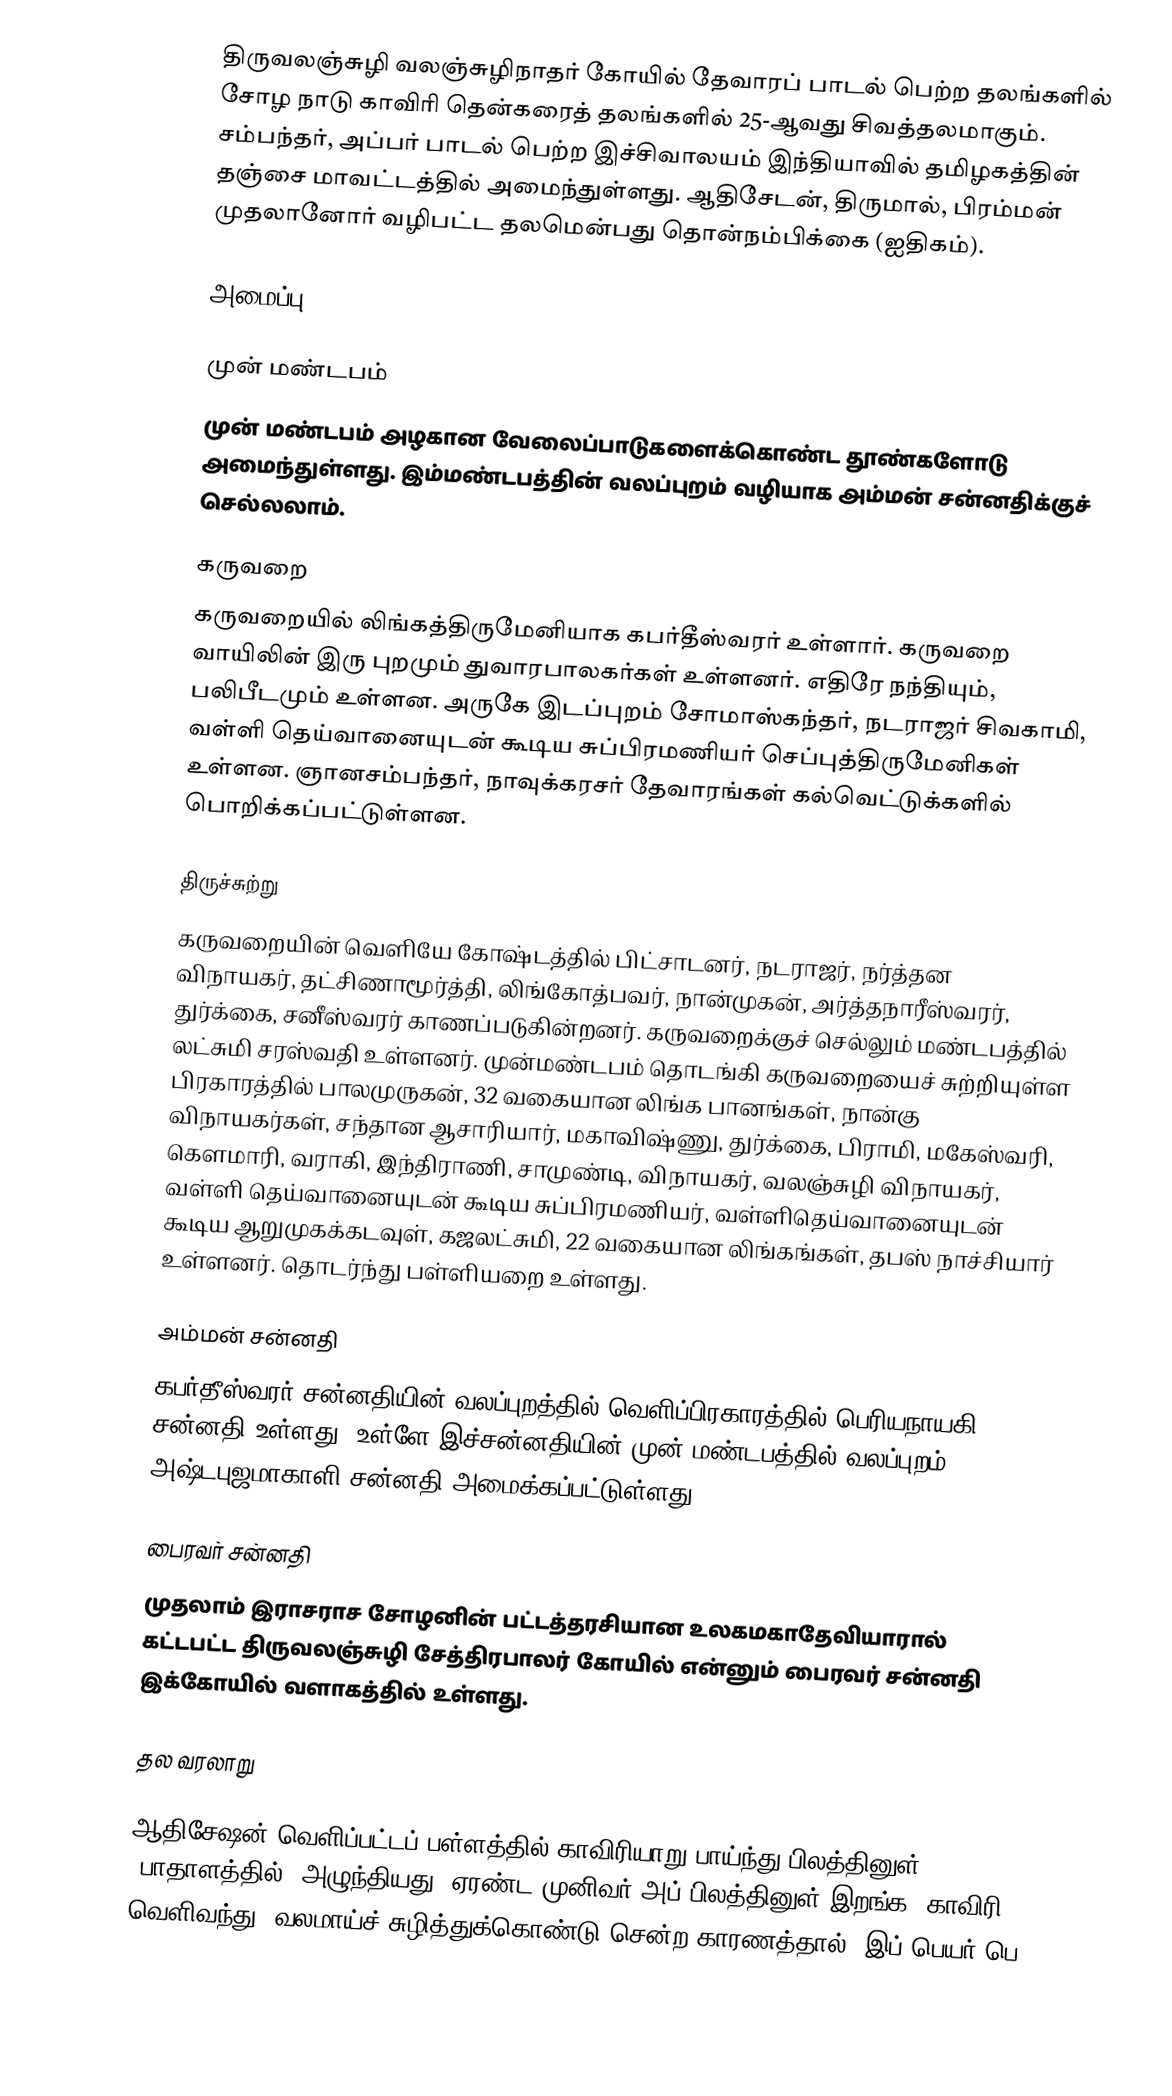
திருவலஞ்சுழி வலஞ்சுழிநாதர் கோயில் தேவாரப் பாடல் பெற்ற தலங்களில்  சோழ நாடு காவிரி தென்கரைத் தலங்களில்  25-ஆவது சிவத்தலமாகும். சம்பந்தர், அப்பர் பாடல் பெற்ற இச்சிவாலயம் இந்தியாவில் தமிழகத்தின் தஞ்சை மாவட்டத்தில் அமைந்துள்ளது. ஆதிசேடன், திருமால், பிரம்மன் முதலானோர் வழிபட்ட தலமென்பது தொன்நம்பிக்கை (ஐதிகம்).

அமைப்பு

முன் மண்டபம்
முன் மண்டபம் அழகான வேலைப்பாடுகளைக்கொண்ட தூண்களோடு அமைந்துள்ளது. இம்மண்டபத்தின் வலப்புறம் வழியாக அம்மன் சன்னதிக்குச் செல்லலாம்.

கருவறை
கருவறையில் லிங்கத்திருமேனியாக கபர்தீஸ்வரர் உள்ளார். கருவறை வாயிலின் இரு புறமும் துவாரபாலகர்கள் உள்ளனர். எதிரே நந்தியும், பலிபீடமும் உள்ளன. அருகே இடப்புறம்  சோமாஸ்கந்தர், நடராஜர் சிவகாமி, வள்ளி தெய்வானையுடன் கூடிய சுப்பிரமணியர் செப்புத்திருமேனிகள் உள்ளன. ஞானசம்பந்தர், நாவுக்கரசர் தேவாரங்கள் கல்வெட்டுக்களில் பொறிக்கப்பட்டுள்ளன.

திருச்சுற்று
கருவறையின் வெளியே கோஷ்டத்தில் பிட்சாடனர், நடராஜர், நர்த்தன விநாயகர், தட்சிணாமூர்த்தி, லிங்கோத்பவர், நான்முகன், அர்த்தநாரீஸ்வரர், துர்க்கை, சனீஸ்வரர் காணப்படுகின்றனர். கருவறைக்குச் செல்லும் மண்டபத்தில் லட்சுமி சரஸ்வதி உள்ளனர். முன்மண்டபம் தொடங்கி கருவறையைச் சுற்றியுள்ள பிரகாரத்தில் பாலமுருகன், 32 வகையான லிங்க பானங்கள், நான்கு விநாயகர்கள், சந்தான ஆசாரியார், மகாவிஷ்ணு, துர்க்கை, பிராமி, மகேஸ்வரி, கௌமாரி, வராகி, இந்திராணி, சாமுண்டி, விநாயகர், வலஞ்சுழி விநாயகர், வள்ளி தெய்வானையுடன் கூடிய சுப்பிரமணியர், வள்ளிதெய்வானையுடன் கூடிய ஆறுமுகக்கடவுள், கஜலட்சுமி, 22 வகையான லிங்கங்கள், தபஸ் நாச்சியார் உள்ளனர். தொடர்ந்து பள்ளியறை உள்ளது.

அம்மன் சன்னதி
கபர்தீஸ்வரர் சன்னதியின் வலப்புறத்தில் வெளிப்பிரகாரத்தில் பெரியநாயகி சன்னதி உள்ளது. உள்ளே இச்சன்னதியின் முன் மண்டபத்தில் வலப்புறம் அஷ்டபுஜமாகாளி  சன்னதி அமைக்கப்பட்டுள்ளது.

பைரவர் சன்னதி
முதலாம் இராசராச சோழனின் பட்டத்தரசியான உலகமகாதேவியாரால் கட்டபட்ட திருவலஞ்சுழி சேத்திரபாலர் கோயில் என்னும் பைரவர் சன்னதி இக்கோயில் வளாகத்தில்  உள்ளது.

தல வரலாறு

ஆதிசேஷன் வெளிப்பட்டப் பள்ளத்தில் காவிரியாறு பாய்ந்து பிலத்தினுள் (பாதாளத்தில்) அழுந்தியது. ஏரண்ட முனிவர் அப் பிலத்தினுள் இறங்க, காவிரி வெளிவந்து, வலமாய்ச் சுழித்துக்கொண்டு சென்ற காரணத்தால், இப் பெயர் பெ